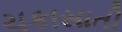
ચકાસાતી